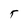
Character: T